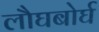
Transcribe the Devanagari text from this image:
लौघबोर्घ